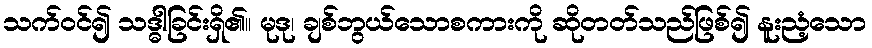
သက်ဝင်၍ သဒ္ဓါခြင်းရှိ၏။ မုဒု၊ ချစ်ဘွယ်သောစကားကို ဆိုတတ်သည်ဖြစ်၍ နူးညံ့သော